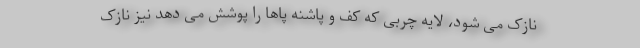
نازک می شود، لایه چربی که کف و پاشنه پاها را پوشش می دهد نیز نازک